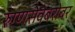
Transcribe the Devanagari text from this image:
रुग्णसेवेबरोबर